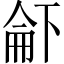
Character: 𠁄